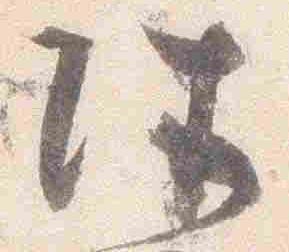
件